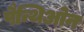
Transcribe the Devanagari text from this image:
पैन्थिओन